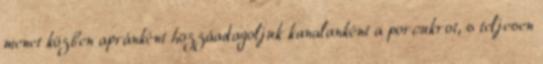
menet közben apránként hozzáadagoljuk kanalanként a porcukrot, s teljesen